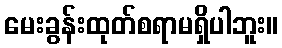
မေးခွန်းထုတ်စရာမရှိပါဘူး။